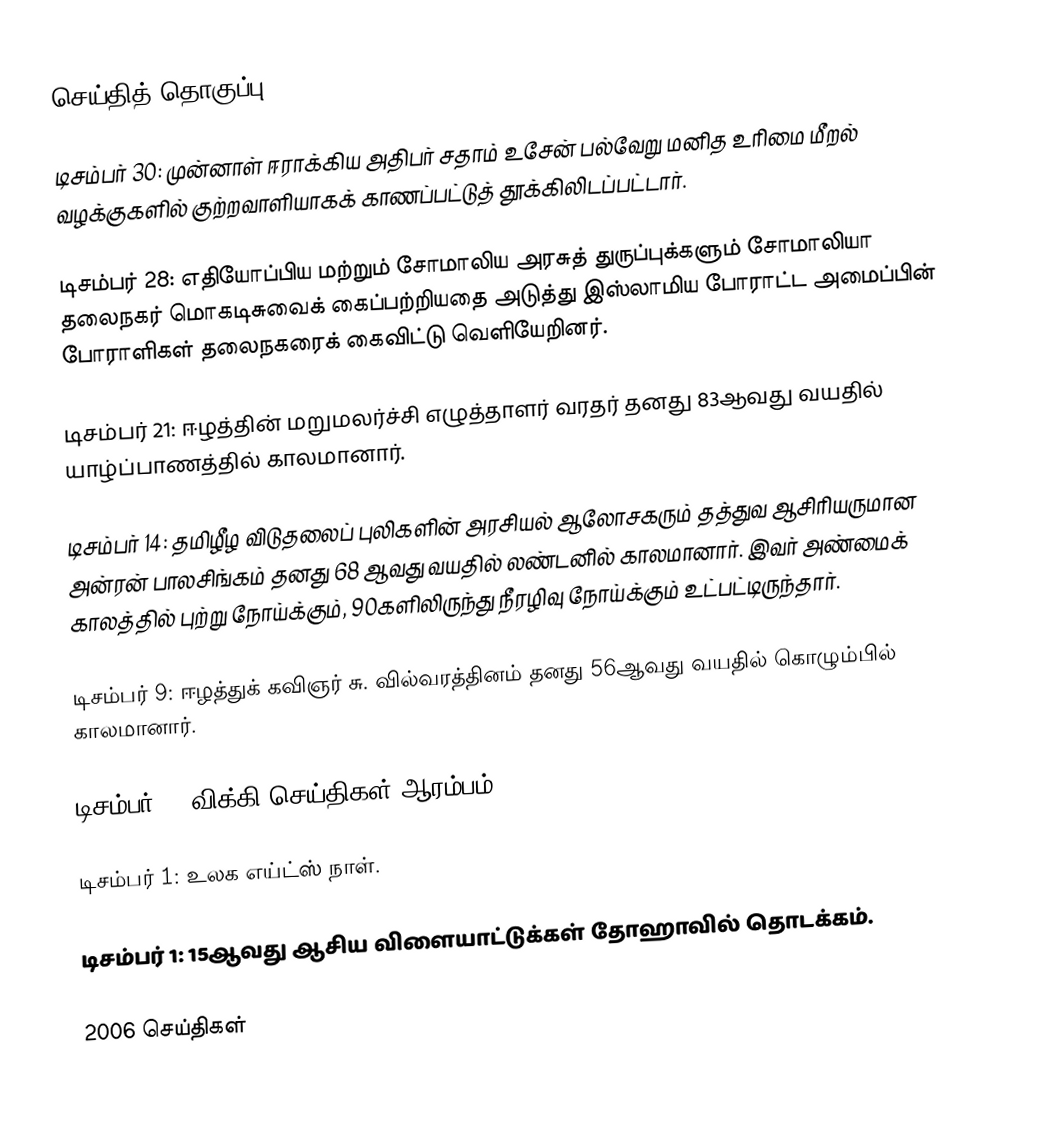
செய்தித் தொகுப்பு

 டிசம்பர் 30: முன்னாள் ஈராக்கிய அதிபர் சதாம் உசேன் பல்வேறு மனித உரிமை மீறல் வழக்குகளில் குற்றவாளியாகக் காணப்பட்டுத் தூக்கிலிடப்பட்டார்.

 டிசம்பர் 28: எதியோப்பிய மற்றும் சோமாலிய அரசுத் துருப்புக்களும் சோமாலியா தலைநகர் மொகடிசுவைக் கைப்பற்றியதை அடுத்து இஸ்லாமிய போராட்ட அமைப்பின் போராளிகள் தலைநகரைக் கைவிட்டு வெளியேறினர்.

 டிசம்பர் 21: ஈழத்தின் மறுமலர்ச்சி எழுத்தாளர் வரதர் தனது 83ஆவது வயதில் யாழ்ப்பாணத்தில் காலமானார்.

 டிசம்பர் 14: தமிழீழ விடுதலைப் புலிகளின் அரசியல் ஆலோசகரும் தத்துவ ஆசிரியருமான அன்ரன் பாலசிங்கம் தனது 68 ஆவது வயதில் லண்டனில் காலமானார்.  இவர் அண்மைக் காலத்தில் புற்று நோய்க்கும், 90களிலிருந்து நீரழிவு நோய்க்கும் உட்பட்டிருந்தார்.

 டிசம்பர் 9: ஈழத்துக் கவிஞர் சு. வில்வரத்தினம் தனது 56ஆவது வயதில் கொழும்பில் காலமானார்.

 டிசம்பர் 1: விக்கி செய்திகள் ஆரம்பம்.

 டிசம்பர் 1: உலக எய்ட்ஸ் நாள்.

 டிசம்பர் 1: 15ஆவது ஆசிய விளையாட்டுக்கள் தோஹாவில் தொடக்கம்.

2006 செய்திகள்